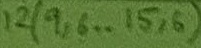
Text: 12(9,6..15,6)